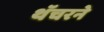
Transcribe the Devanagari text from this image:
थॅचरने